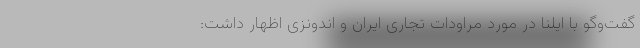
گفت‌وگو با ایلنا در مورد مراودات تجاری ایران و اندونزی اظهار داشت: